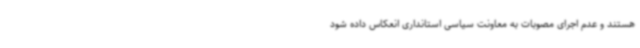
هستند و عدم اجرای مصوبات به معاونت سیاسی استانداری انعکاس داده شود